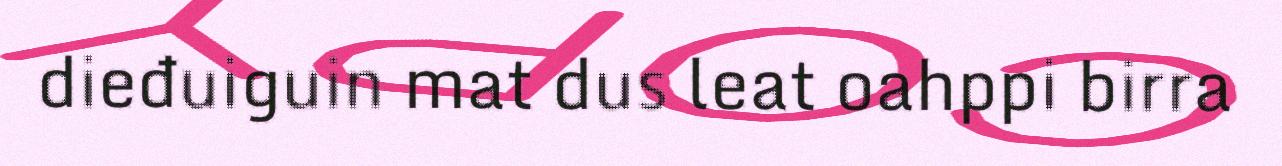
dieđuiguin mat dus leat oahppi birra